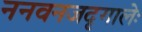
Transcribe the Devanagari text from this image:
ननवनजदृगालेः